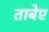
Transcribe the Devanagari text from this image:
ताबेए